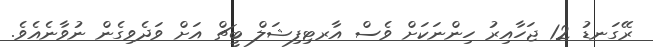
ރޭގަނޑު 12 ޖަހާއިރު ހިންނަކަށް ވެސް އާރޓިފިޝަލް ބީޗް އަށް ވަދެވިގެން ނުވާނެއެވެ.